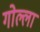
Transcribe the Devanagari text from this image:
गोल्ला